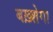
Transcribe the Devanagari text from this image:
बख़्शेगा